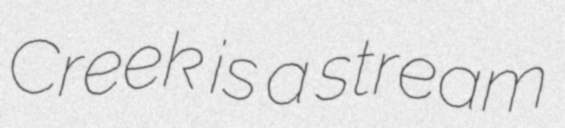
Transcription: Creek is a stream